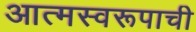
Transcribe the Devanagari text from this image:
आत्मस्वरूपाची